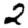
Digit: 2